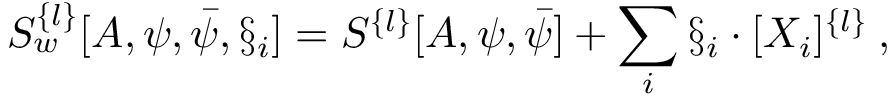
S _ { w } ^ { \{ l \} } [ A , \psi , \bar { \psi } , \S _ { i } ] = S ^ { \{ l \} } [ A , \psi , \bar { \psi } ] + \sum _ { i } \S _ { i } \cdot [ X _ { i } ] ^ { \{ l \} } \: ,